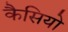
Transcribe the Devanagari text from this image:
कैसियो